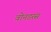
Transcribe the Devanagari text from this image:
वोनडरस